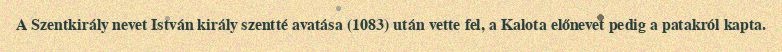
A Szentkirály nevet István király szentté avatása (1083) után vette fel, a Kalota előnevet pedig a patakról kapta.